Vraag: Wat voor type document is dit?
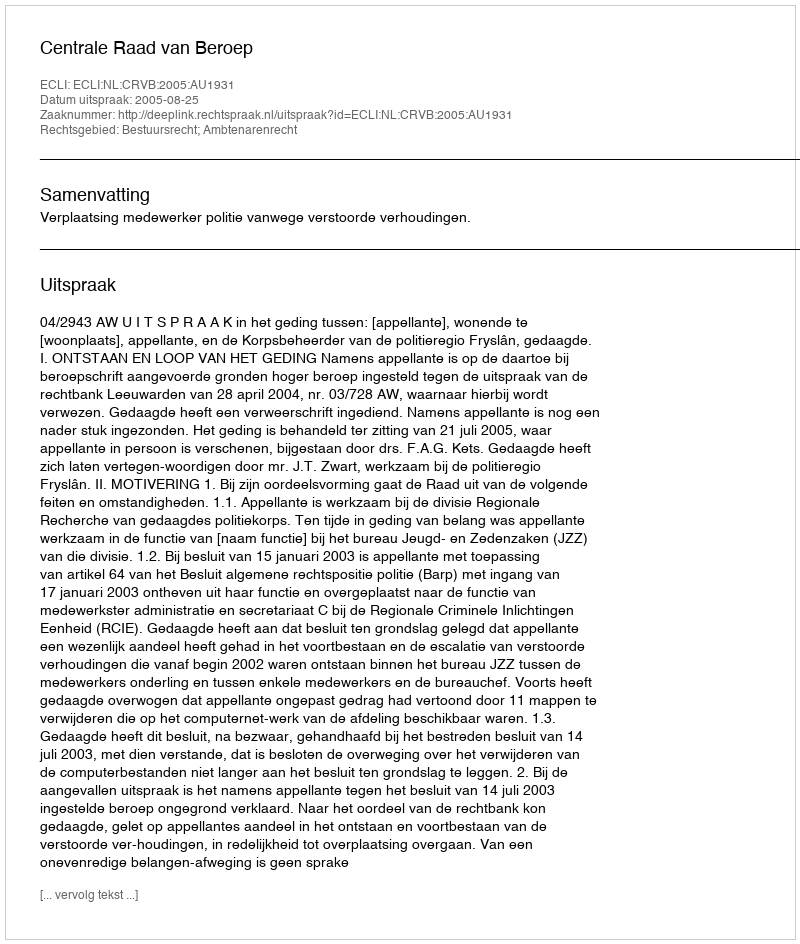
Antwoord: Uitspraak